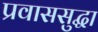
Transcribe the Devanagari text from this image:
प्रवाससुद्धा